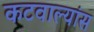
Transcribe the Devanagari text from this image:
कटवाल्यांस